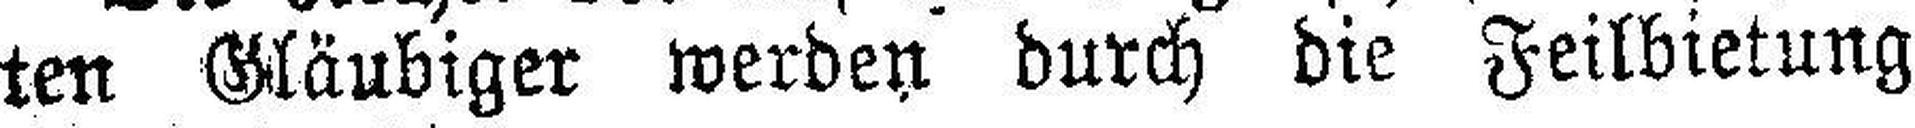
ten Gläubiger werden durch die Feilbietung